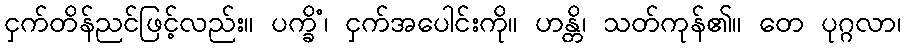
ငှက်တိန်ညင်ဖြင့်လည်း။ ပက္ခိံ၊ ငှက်အပေါင်းကို။ ဟန္တိ၊ သတ်ကုန်၏။ တေ ပုဂ္ဂလာ၊